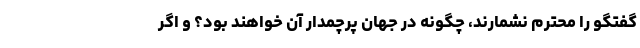
گفتگو را محترم نشمارند، چگونه در جهان پرچمدار آن خواهند بود؟ و اگر